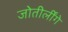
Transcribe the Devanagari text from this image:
जोतीर्लींगे